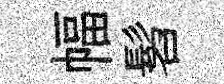
幅髫